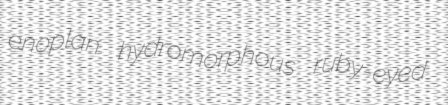
enoplan hydromorphous ruby-eyed